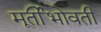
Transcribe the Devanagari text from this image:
मूर्तीभोवती